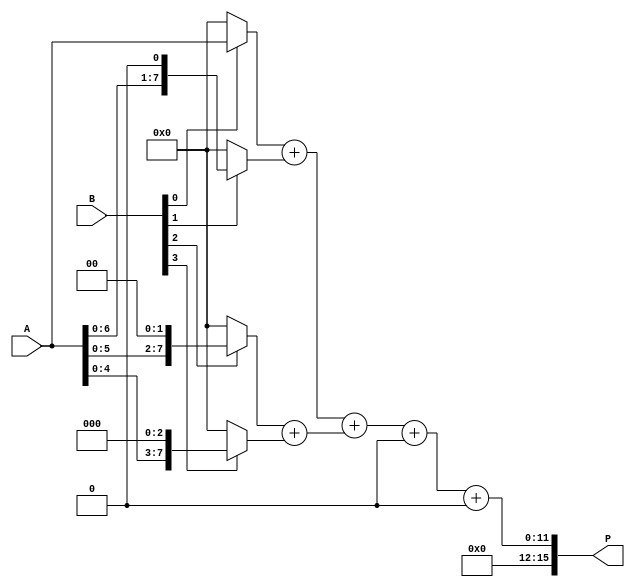
module AdaptiveWallaceTreeMultiplier #(parameter A_WIDTH = 8, B_WIDTH = 8)(
    input [A_WIDTH-1:0] A,
    input [B_WIDTH-1:0] B,
    output reg [A_WIDTH + B_WIDTH - 1:0] P
);

    // Generate partial products
    wire [A_WIDTH-1:0] pp[B_WIDTH-1:0];
    genvar i;
    generate
        for (i = 0; i < B_WIDTH; i = i + 1) begin : partial_product_gen
            assign pp[i] = (B[i] ? A << i : 0);
        end
    endgenerate

    // Carry-Save Adder (CSA) logic
    wire [A_WIDTH + B_WIDTH - 1:0] sum [0:2]; // Intermediate sums
    wire [A_WIDTH + B_WIDTH - 1:0] carry [0:2]; // Intermediate carries

    // Initial CSA stage
    assign {carry[0], sum[0]} = pp[0] + pp[1];
    assign {carry[1], sum[1]} = pp[2] + pp[3];
    assign {carry[2], sum[2]} = pp[4] + pp[5];

    // Further CSA stages can be added here based on the number of active partial products
    // For simplicity, we will assume a fixed number of stages

    // Final Carry-Propagate Adder (CPA)
    wire [A_WIDTH + B_WIDTH - 1:0] final_sum;
    wire [A_WIDTH + B_WIDTH - 1:0] final_carry;

    // Simple Ripple Carry Adder for final stage
    assign {final_carry, final_sum} = sum[0] + sum[1] + carry[0];

    // Output the final product
    always @(*) begin
        P = final_sum + final_carry;
    end

endmodule